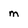
Character: m